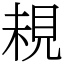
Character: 䙿